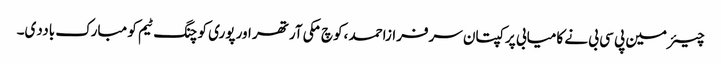
چیئرمین پی سی بی نے کامیابی پر کپتان سرفرازاحمد ،کوچ مکی آرتھر اور پوری کوچنگ ٹیم کو مبارک باددی۔